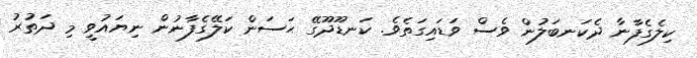
ކިލެގެފާނާ ދެކަނބަލުން ވެސް ވަޑައިގަތެވެ. ކަނޑޫދޫގޭ ޙަސަން ކަލޭގެފާނުން ނިޔައުވީ މި ދަތުރު